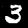
Digit: 3